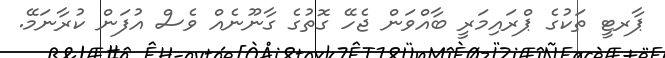
ޕާރޓީ ތަކުގެ ޕްރައިމަރީ ބާއްވަން ޖެހޭ ގޮތުގެ ގާނޫނެއް ވެސް އުފަން ކުރާނަމޭ.